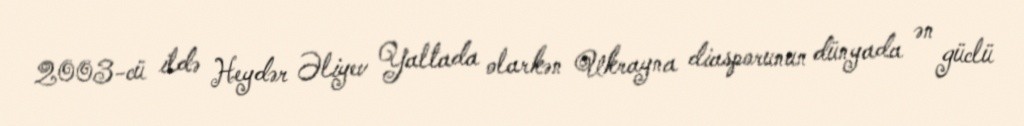
2003-cü ildə Heydər Əliyev Yaltada olarkən Ukrayna diasporunun dünyada ən güclü